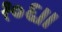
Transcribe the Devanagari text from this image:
१०६।।